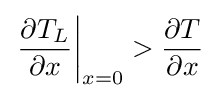
\left.{\frac {\partial T_{L}}{\partial x}}\right|_{x=0}>{\frac {\partial T}{\partial x}}